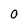
Character: 0